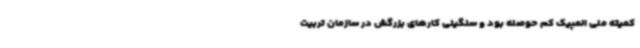
کمیته ملی المپیک کم حوصله بود و سنگینی کارهای بزرگش در سازمان تربیت